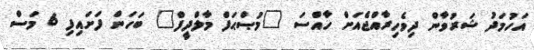
އަހުމަދު ޝަރުވާން ދިވެހިރާއްޖެއަށް ހާއްސަ "މުޞްޙަފް މާލްދީފް" ބަހަން ފަށައިފި 6 މަސް